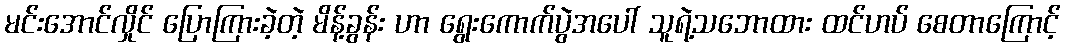
မင်းအောင်လှိုင် ပြောကြားခဲ့တဲ့ မိန့်ခွန်း ဟာ ရွေးကောက်ပွဲအပေါ် သူရဲ့သဘောထား ထင်ဟပ် စေတာကြောင့်